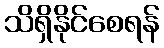
သိရှိနိုင်စေရန်